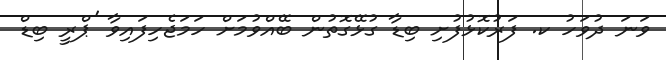
ވަނަ ދުވަހު ކ. ފަރުކޮޅުފުށި ބިޑާ ގުޅޭގޮތުން ބޭއްވުމަށް ހަމަޖެހިފައިވާ 'ޕްރީ ބިޑް